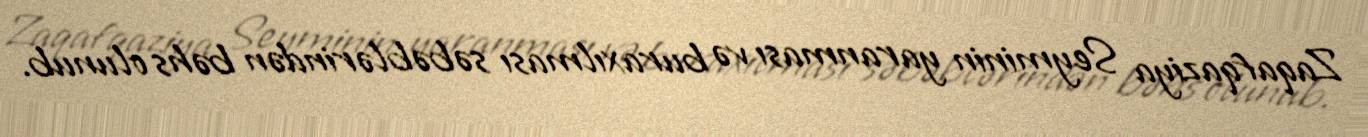
Zaqafqaziya Seyminin yaranması və buraxılması səbəblərindən bəhs olunub.